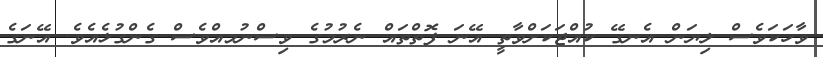
ވާހަކަވެސް ލިޔަން އެނގޭ ކުއްޖަކަށްވާތީ އޭނަ ފޮތްތައް ނެރުމުގެ ވިސްނުމއްވެސް ގެންގުޅެއެވެ. އޭނަގެ